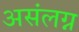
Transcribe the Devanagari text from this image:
असंलग्न